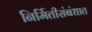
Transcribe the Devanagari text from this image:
निर्मितीसंबंधात